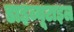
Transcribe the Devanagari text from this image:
डाइब्यूटाइल